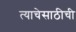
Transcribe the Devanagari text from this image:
त्याचेसाठीची